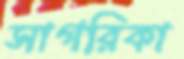
সাগরিকা